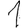
Digit: 1